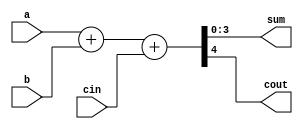
// This program was cloned from: https://github.com/HKUSTGZ-MICS-LYU/FlattenRTL
// License: MIT License

module adder_4bit(
    input [3:0] a,
    input [3:0] b,
    input cin,
    output [3:0] sum,
    output cout
    );

    assign {cout, sum} = a + b + cin;

endmodule

module adder_8bit(
    input [7:0] a,
    input [7:0] b,
    input cin,
    output [7:0] sum,
    output cout
    );

    wire carry;
    adder_4bit lower_half(
        .a(a[3:0]),
        .b(b[3:0]),
        .cin(cin),
        .sum(sum[3:0]),
        .cout(carry) 
    );
    adder_4bit upper_half(
        .a(a[7:4]),
        .b(b[7:4]),
        .cin(carry), 
        .sum(sum[7:4]),
        .cout(cout) 
    );
endmodule

module  adder_16bit(
    input [15:0] a,
    input [15:0] b,
    input cin,
    output [15:0] sum,
    output cout
    );

    wire carry;
    adder_8bit lower_half(
        .a(a[7:0]),
        .b(b[7:0]),
        .cin(cin),
        .sum(sum[7:0]),
        .cout(carry) 
    );
    adder_8bit upper_half(
        .a(a[15:8]),
        .b(b[15:8]),
        .cin(carry), 
        .sum(sum[15:8]),
        .cout(cout) 
    );
endmodule

module adder_32bit(
    input [31:0] a,
    input [31:0] b,
    input cin,
    output [31:0] sum,
    output cout
    );

    wire carry;
    adder_16bit lower_half(
        .a(a[15:0]),
        .b(b[15:0]),
        .cin(cin),
        .sum(sum[15:0]),
        .cout(carry) 
    );
    adder_16bit upper_half(
        .a(a[31:16]),
        .b(b[31:16]),
        .cin(carry), 
        .sum(sum[31:16]),
        .cout(cout) 
    );
endmodule